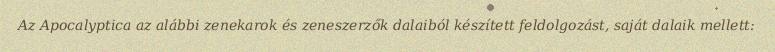
Az Apocalyptica az alábbi zenekarok és zeneszerzők dalaiból készített feldolgozást, saját dalaik mellett: